Code of medical and sanitary regulations for the guidance of medical officers serving in the Madras Presidency - Volume II
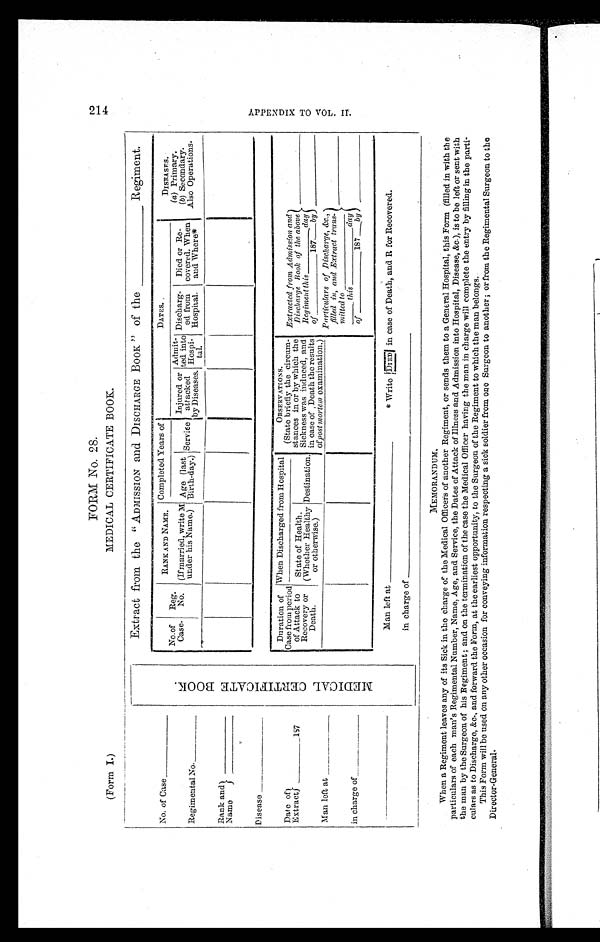
FORM No. 28.
(Form I.)
MEDICAL CERTIFICATE BOOK.
MEDI CAL CERTI FI CATE BOOK.
Extract from the "ADMISSION and DISCHARGE BOOK" of the _________ Regiment.
No. of Case ___________
No.of
Case.
Reg.
No.
RANK AND NAME.
Completed Years of
DATES.
DISEASES.
(a) Primary.
( b) Secondary .
Also Operations.
Regimental No. ________
(If married, write M
under his Name.)
Age (last
Birth-day.) Service
Injured or
attacked
by Diseases.
Admit-
ted into
Hospi-
tal.
Discharg-
ed from
Hospital.
Died or Re-
covered. When
and Where*
Rank and
____________
Name ___________
Disease ______________
Date of
Extract___________187
Duration of
Case from period
of Attack to
Recovery or
Death.
When Discharged from Hospital
.
OBSERVATIONS.
(State briefiy the circum-
stances in or by which the
Sickness was induced, and
in case of Death the results
of post mortem examination.)
Extracted from Admission and
Discharge Book of the above
Regiment this__________day
of _____________ 187___ by
_ _ _ _ _ _ _ _ _ _ _ _ _ _ _ _ _
_ _ _ _ _ _ _ _ _ _ _ _ _ _ _ _ _
State of Health.
(Whether Healthy
or otherwise.)
Destination.
Man l eft at _______________
Particulars of Discharge, &c.,
filled in, and Extract trans-
mitted to _______________
_____ this _____________ day
of ______________187____by
_ _ _ _ _ _ _ _ _ _ _ _ _ _ _ _ _
_ _ _ _ _ _ _ _ _ _ _ _ _ _ _ _ _
in charge of ______________
____________________
Man left at ___________________
* Write DIED in case of Death, and R for Recovered.
in charge of __________________________
MEMORANDUM.
When a Regiment leaves any of its Sick in the charge of the Medical Officers of another Regiment, or sends them to a General Hospital, this Form (filled in with the
particulars of each man's Regimental Number, Name, Age, and Service, the Dates of Attack of Illness and Admission into Hospital, Disease, &c.), is to be left or sent with
the man by the Surgeon of his Regiment ; and on the termination of the case the Medical Officer having the man in charge will complete the entry by filling in the parti-
culars as to Discharge, &c., and forward the Form, at the earliest opportunity, to the Surgeon of the Regiment to which the man belongs.
This Form will be used on any other occasion for conveying information respecting a sick soldier from one Surgeon to another ; or from the Regimental Surgeon to the
Director-General.
214 A P P E N D I X T O V O L . I I .